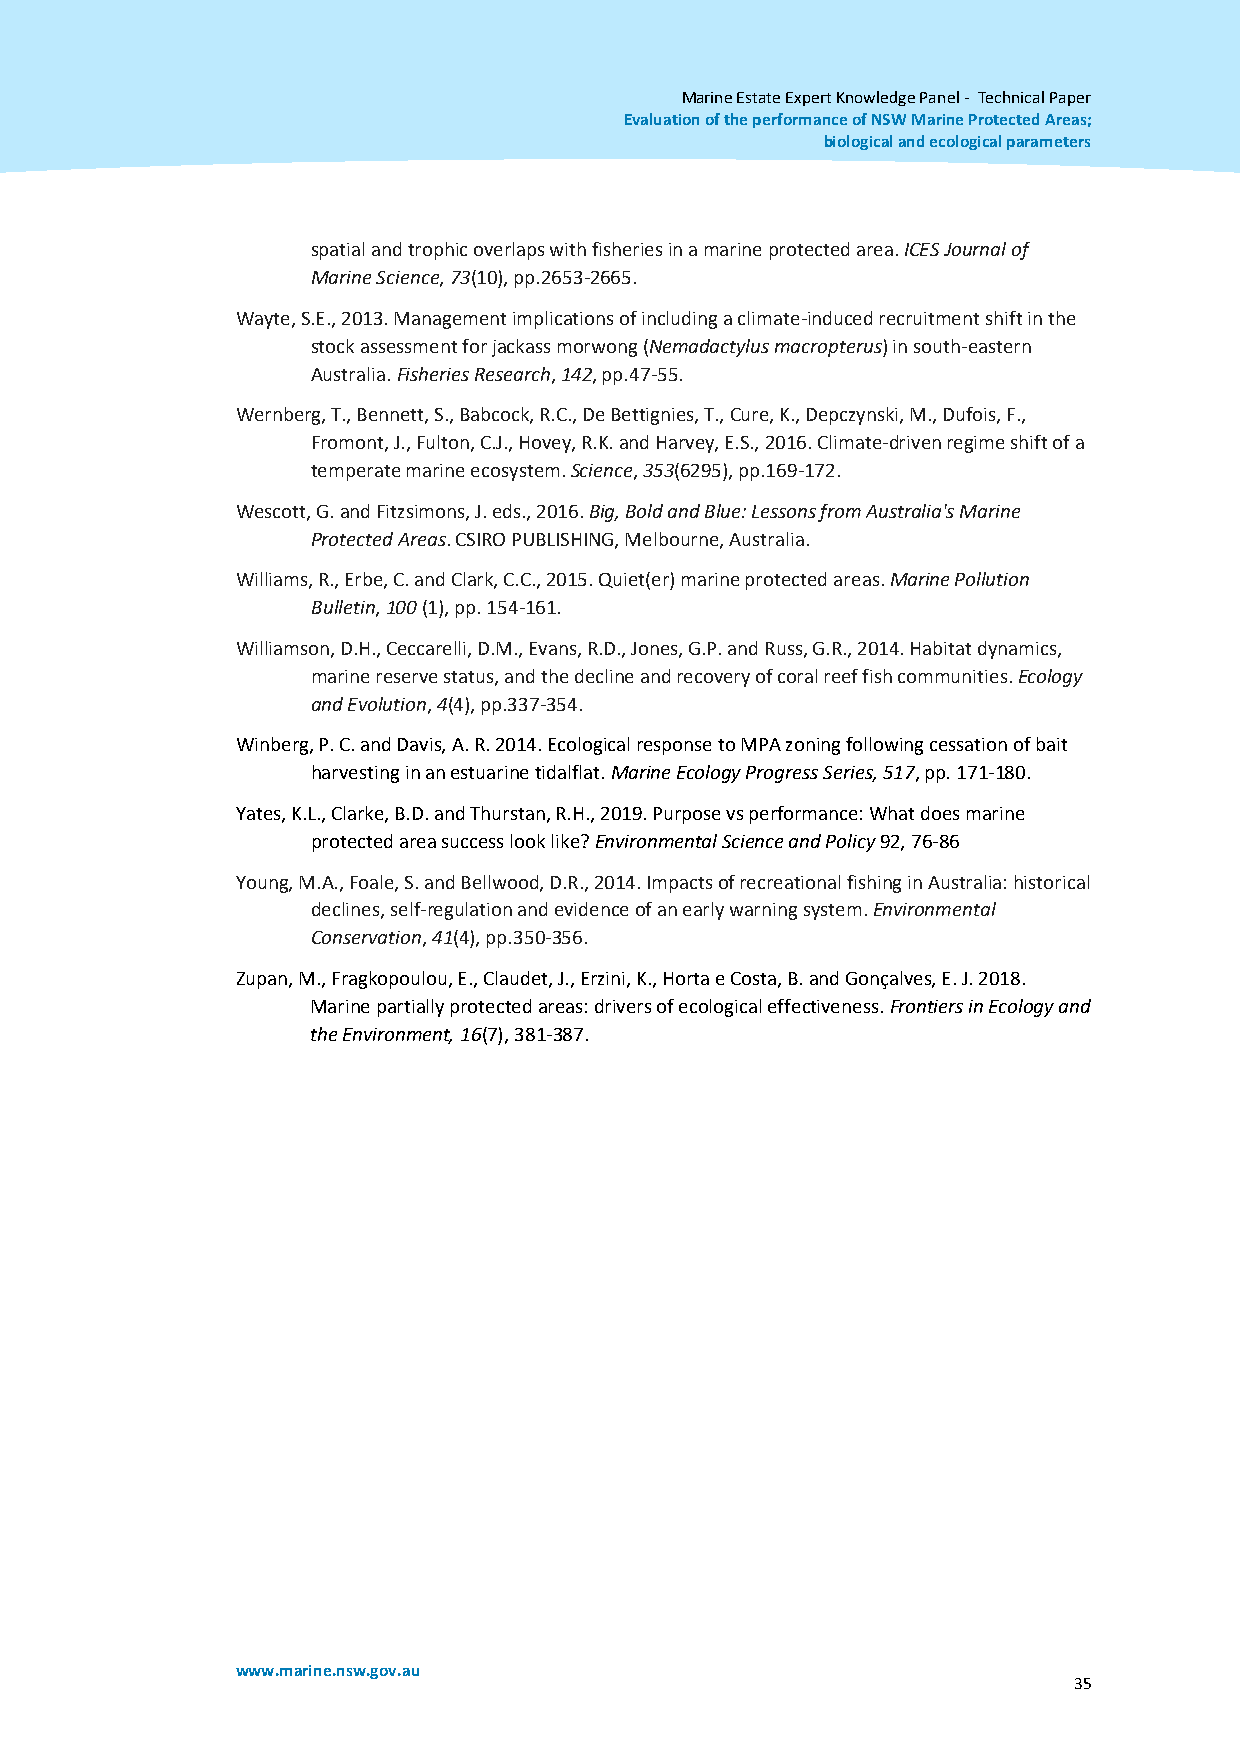
Marine Estate Expert Knowledge Panel - Technical Paper
 Evaluation of the performance of NSW Marine Protected Areas;
 biological and ecological parameters
 spatial and trophic overlaps with fisheries in a marine protected area. ICES Journal of
 Marine Science, 73(10), pp.2653-2665.
 Wayte, S.E., 2013. Management implications of including a climate-induced recruitment shift in the
 stock assessment for jackass morwong (Nemadactylus macropterus) in south-eastern
 Australia. Fisheries Research, 142, pp.47-55.
 Wernberg, T., Bennett, S., Babcock, R.C., De Bettignies, T., Cure, K., Depczynski, M., Dufois, F.,
 Fromont, J., Fulton, C.J., Hovey, R.K. and Harvey, E.S., 2016. Climate-driven regime shift of a
 temperate marine ecosystem. Science, 353(6295), pp.169-172.
 Wescott, G. and Fitzsimons, J. eds., 2016. Big, Bold and Blue: Lessons from Australia's Marine
 Protected Areas. CSIRO PUBLISHING, Melbourne, Australia.
 Williams, R., Erbe, C. and Clark, C.C., 2015. Quiet(er) marine protected areas. Marine Pollution
 Bulletin, 100 (1), pp. 154-161.
 Williamson, D.H., Ceccarelli, D.M., Evans, R.D., Jones, G.P. and Russ, G.R., 2014. Habitat dynamics,
 marine reserve status, and the decline and recovery of coral reef fish communities. Ecology
 and Evolution, 4(4), pp.337-354.
 Winberg, P. C. and Davis, A. R. 2014. Ecological response to MPA zoning following cessation of bait
 harvesting in an estuarine tidalflat. Marine Ecology Progress Series, 517, pp. 171-180.
 Yates, K.L., Clarke, B.D. and Thurstan, R.H., 2019. Purpose vs performance: What does marine
 protected area success look like? Environmental Science and Policy 92, 76-86
 Young, M.A., Foale, S. and Bellwood, D.R., 2014. Impacts of recreational fishing in Australia: historical
 declines, self-regulation and evidence of an early warning system. Environmental
 Conservation, 41(4), pp.350-356.
 Zupan, M., Fragkopoulou, E., Claudet, J., Erzini, K., Horta e Costa, B. and Gonçalves, E. J. 2018.
 Marine partially protected areas: drivers of ecological effectiveness. Frontiers in Ecology and
 the Environment, 16(7), 381-387.
 www.marine.nsw.gov.au
 35